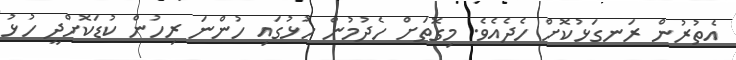
އެތުރުން ރަނގަޅުކޮށް ހެދެއެވެ. މިގޮތަށް ހެދުމުން ހުޅުގައި ހުންނަ ރިހުން ކުޑަކޮށްދީ ހުޅު